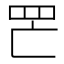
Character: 𦉾